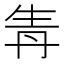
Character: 𤯞